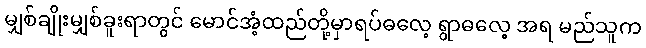
မျှစ်ချိုးမျှစ်ခူးရာတွင် မောင်အံ့ထည်တို့မှာရပ်ဓလေ့ ရွာဓလေ့ အရ မည်သူက